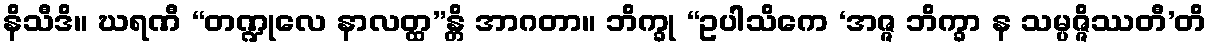
နိသီဒိ။ ဃရဏီ “တဏ္ဍုလေ နာလတ္ထ”န္တိ အာဂတာ။ ဘိက္ခု “ဥပါသိကေ ‘အဇ္ဇ ဘိက္ခာ န သမ္ပဇ္ဇိဿတီ’တိ